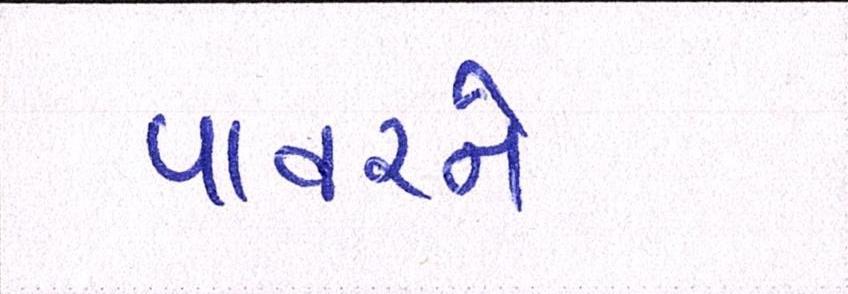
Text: પાવરને